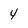
Character: 4